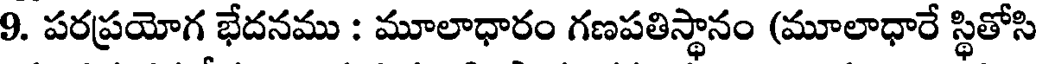
9. పరప్రయోగ భేదనము : మూలాధారం గణపతిస్థానం (మూలాధారే స్థితోసి